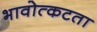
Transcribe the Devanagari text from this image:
भावोत्कटता